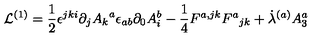
{ \cal L } ^ { ( 1 ) } = { \frac { 1 } { 2 } } { \epsilon ^ { j k i } \partial _ { j } { A _ { k } } ^ { a } } { \epsilon _ { a b } \partial _ { 0 } { A _ { i } ^ { b } } } - { \frac { 1 } { 4 } } { F ^ { a , j k } } { { F ^ { a } } _ { j k } } + { \dot { \lambda } ^ { ( a ) } } { A _ { 3 } ^ { a } }